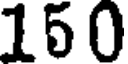
150